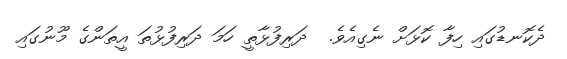
ދެކޮނޑުގައި ހިފާ ކޮޅަށް ނެގިއެވެ.  ދަރިފުޅާތީ ހަމަ ދަރިފުޅުތަ އީތަންގެ މޫނުގައި